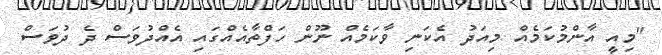
"މިއީ އާންމުކަމެއް މިއަދު އެކަނި ވާކަމެއް ނޫން ހަފްތާއެއްގައި އެއްދުވަސް ދެ ދުވަސް